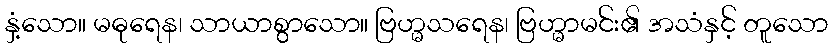
နှံ့သော။ မဓုရေန၊ သာယာစွာသော။ ဗြဟ္မသရေန၊ ဗြဟ္မာမင်း၏ အသံနှင့် တူသော